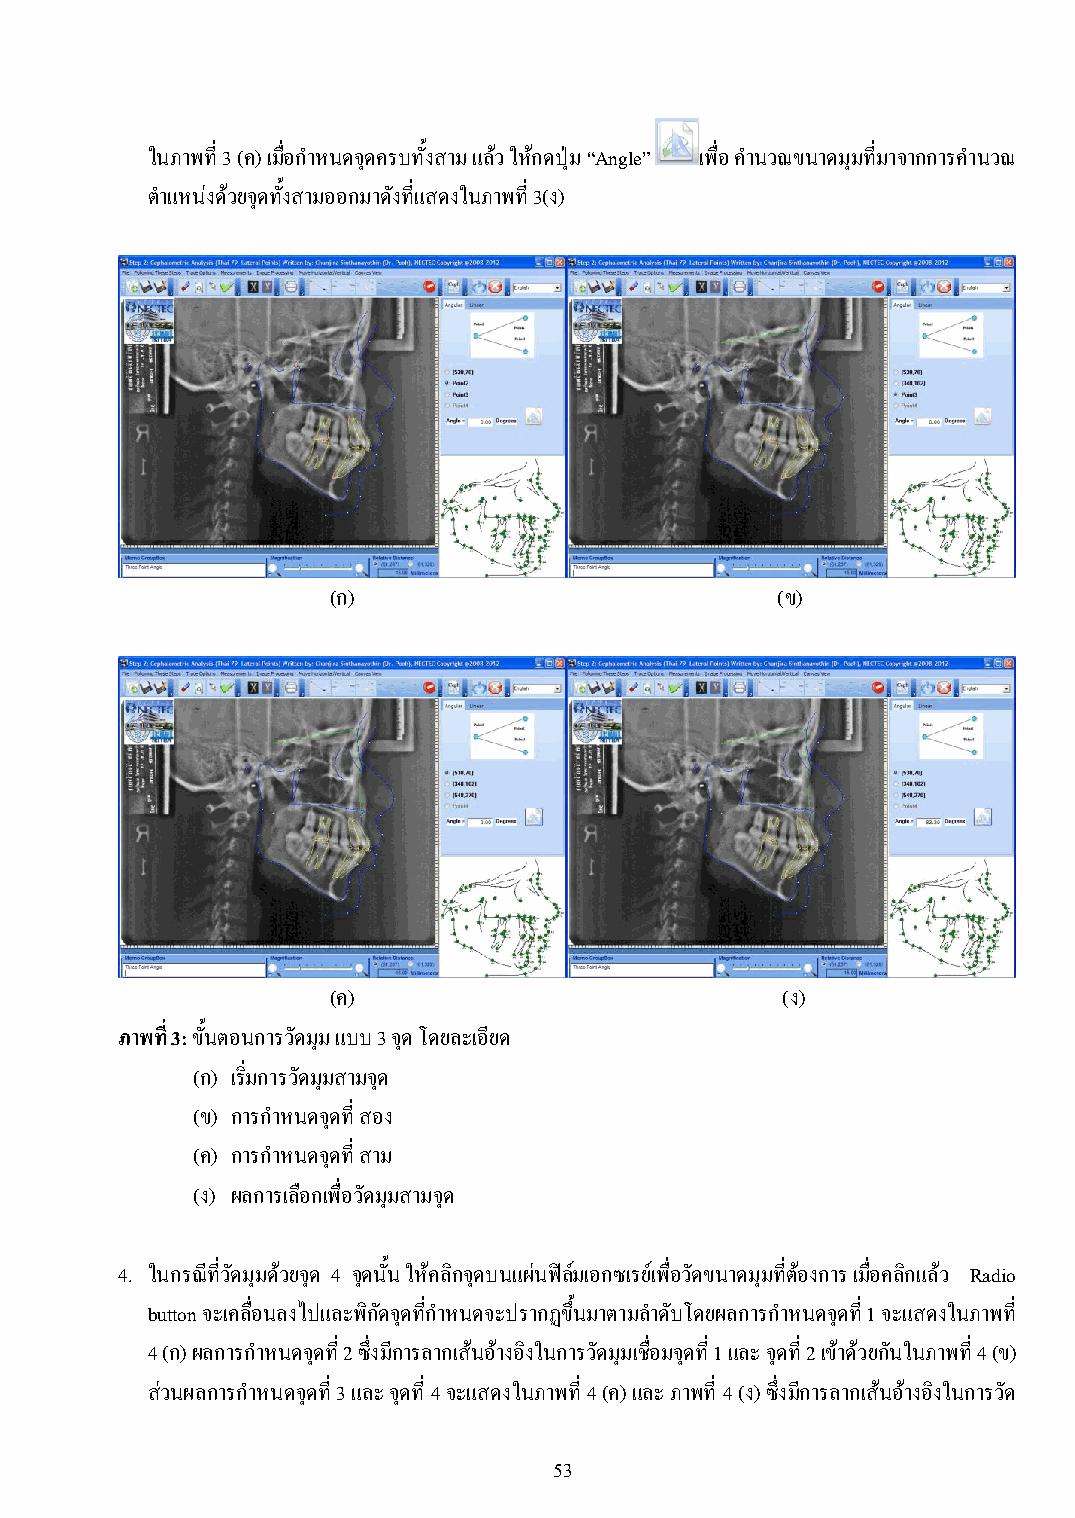
ในภาพที่ 3 (ค) เมื่อก าหนดจุดครบทั้งสาม แล้ว ให้กดปุ่ม “Angle” เพื่อ ค านวณขนาดมุมที่มาจากการค านวณ
 ต าแหน่งด้วยจุดทั้งสามออกมาดังที่แสดงในภาพที่ 3(ง)
 (ก)                          (ข)
 (ค)                           (ง)
 ภาพที่ 3: ขั้นตอนการวัดมุม แบบ 3 จุด โดยละเอียด
 (ก) เริ่มการวัดมุมสามจุด
 (ข) การก าหนดจุดที่ สอง
 (ค) การก าหนดจุดที่ สาม
 (ง) ผลการเลือกเพื่อวัดมุมสามจุด
 4. ในกรณีที่วัดมุมด้วยจุด 4 จุดนั้น ให้คลิกจุดบนแผ่นฟิล์มเอกซเรย์เพื่อวัดขนาดมุมที่ต้องการ เมื่อคลิกแล้ว Radio
 button จะเคลื่อนลงไปและพิกัดจุดที่ก าหนดจะปรากฏขึ้นมาตามล าดับโดยผลการก าหนดจุดที่ 1 จะแสดงในภาพที่
 4 (ก) ผลการก าหนดจุดที่ 2 ซึ่งมีการลากเส้นอ้างอิงในการวัดมุมเชื่อมจุดที่ 1 และ จุดที่ 2 เข้าด้วยกันในภาพที่ 4 (ข)
 ส่วนผลการก าหนดจุดที่ 3 และ จุดที่ 4 จะแสดงในภาพที่ 4 (ค) และ ภาพที่ 4 (ง) ซึ่งมีการลากเส้นอ้างอิงในการวัด
 53